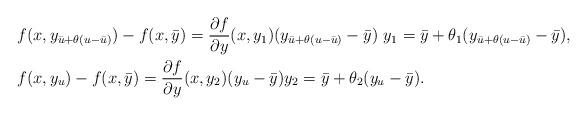
LaTeX: \begin{align*}&f(x,y_{\bar u + \theta(u - \bar u)}) - f(x,\bar y) = \frac{\partial f}{\partial y}(x,y_1)(y_{\bar u + \theta(u - \bar u)} - \bar y)\,\, y_1 = \bar y + \theta_1(y_{\bar u + \theta(u - \bar u)} - \bar y),\\&f(x,y_u) - f(x,\bar y) = \frac{\partial f}{\partial y}(x,y_2)(y_u - \bar y) y_2 = \bar y + \theta_2(y_u - \bar y).\end{align*}